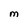
Character: M